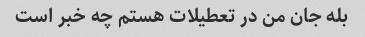
بله جان من در تعطیلات هستم چه خبر است